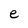
Character: e